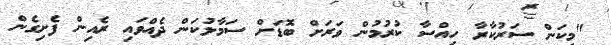
"މިކަން ސަރުކާރާ ހިއްސާ ކުރުމުން ވަރަށް ބޮޑަށް ސަމާލުކަން ދެއްވައި ރެއިން ފެށިގެން